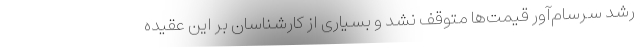
رشد سرسام‌آور قیمت‌ها متوقف نشد و بسیاری از کارشناسان بر این عقیده